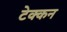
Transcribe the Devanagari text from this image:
टेक्कन